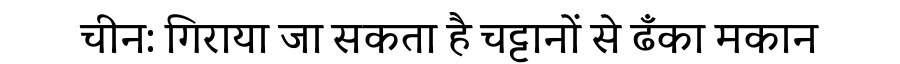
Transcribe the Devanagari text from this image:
चीन: गिराया जा सकता है चट्टानों से ढँका मकान